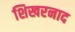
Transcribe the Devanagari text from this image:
शिखरनाद